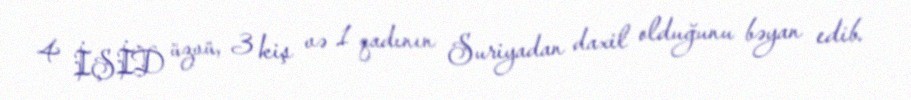
4 İŞİD üzvü, 3 kiş və 1 qadının Suriyadan daxil olduğunu bəyan edib.